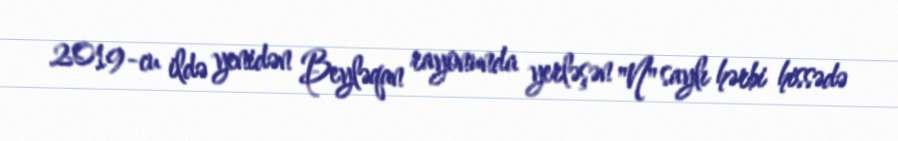
2019-cu ildə yenidən Beyləqan rayonunda yerləşən "N" saylı hərbi hissədə